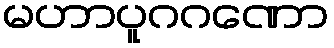
မဟာပူဂဂဏော